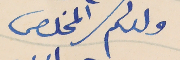
ولدكم المخلص